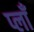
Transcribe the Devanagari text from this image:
प्लाँ